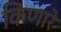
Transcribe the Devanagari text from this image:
किणारे